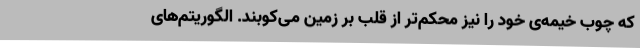
که چوب خیمه‌ی خود را نیز محکم‌تر از قلب بر زمین می‌کوبند. الگوریتم‌های